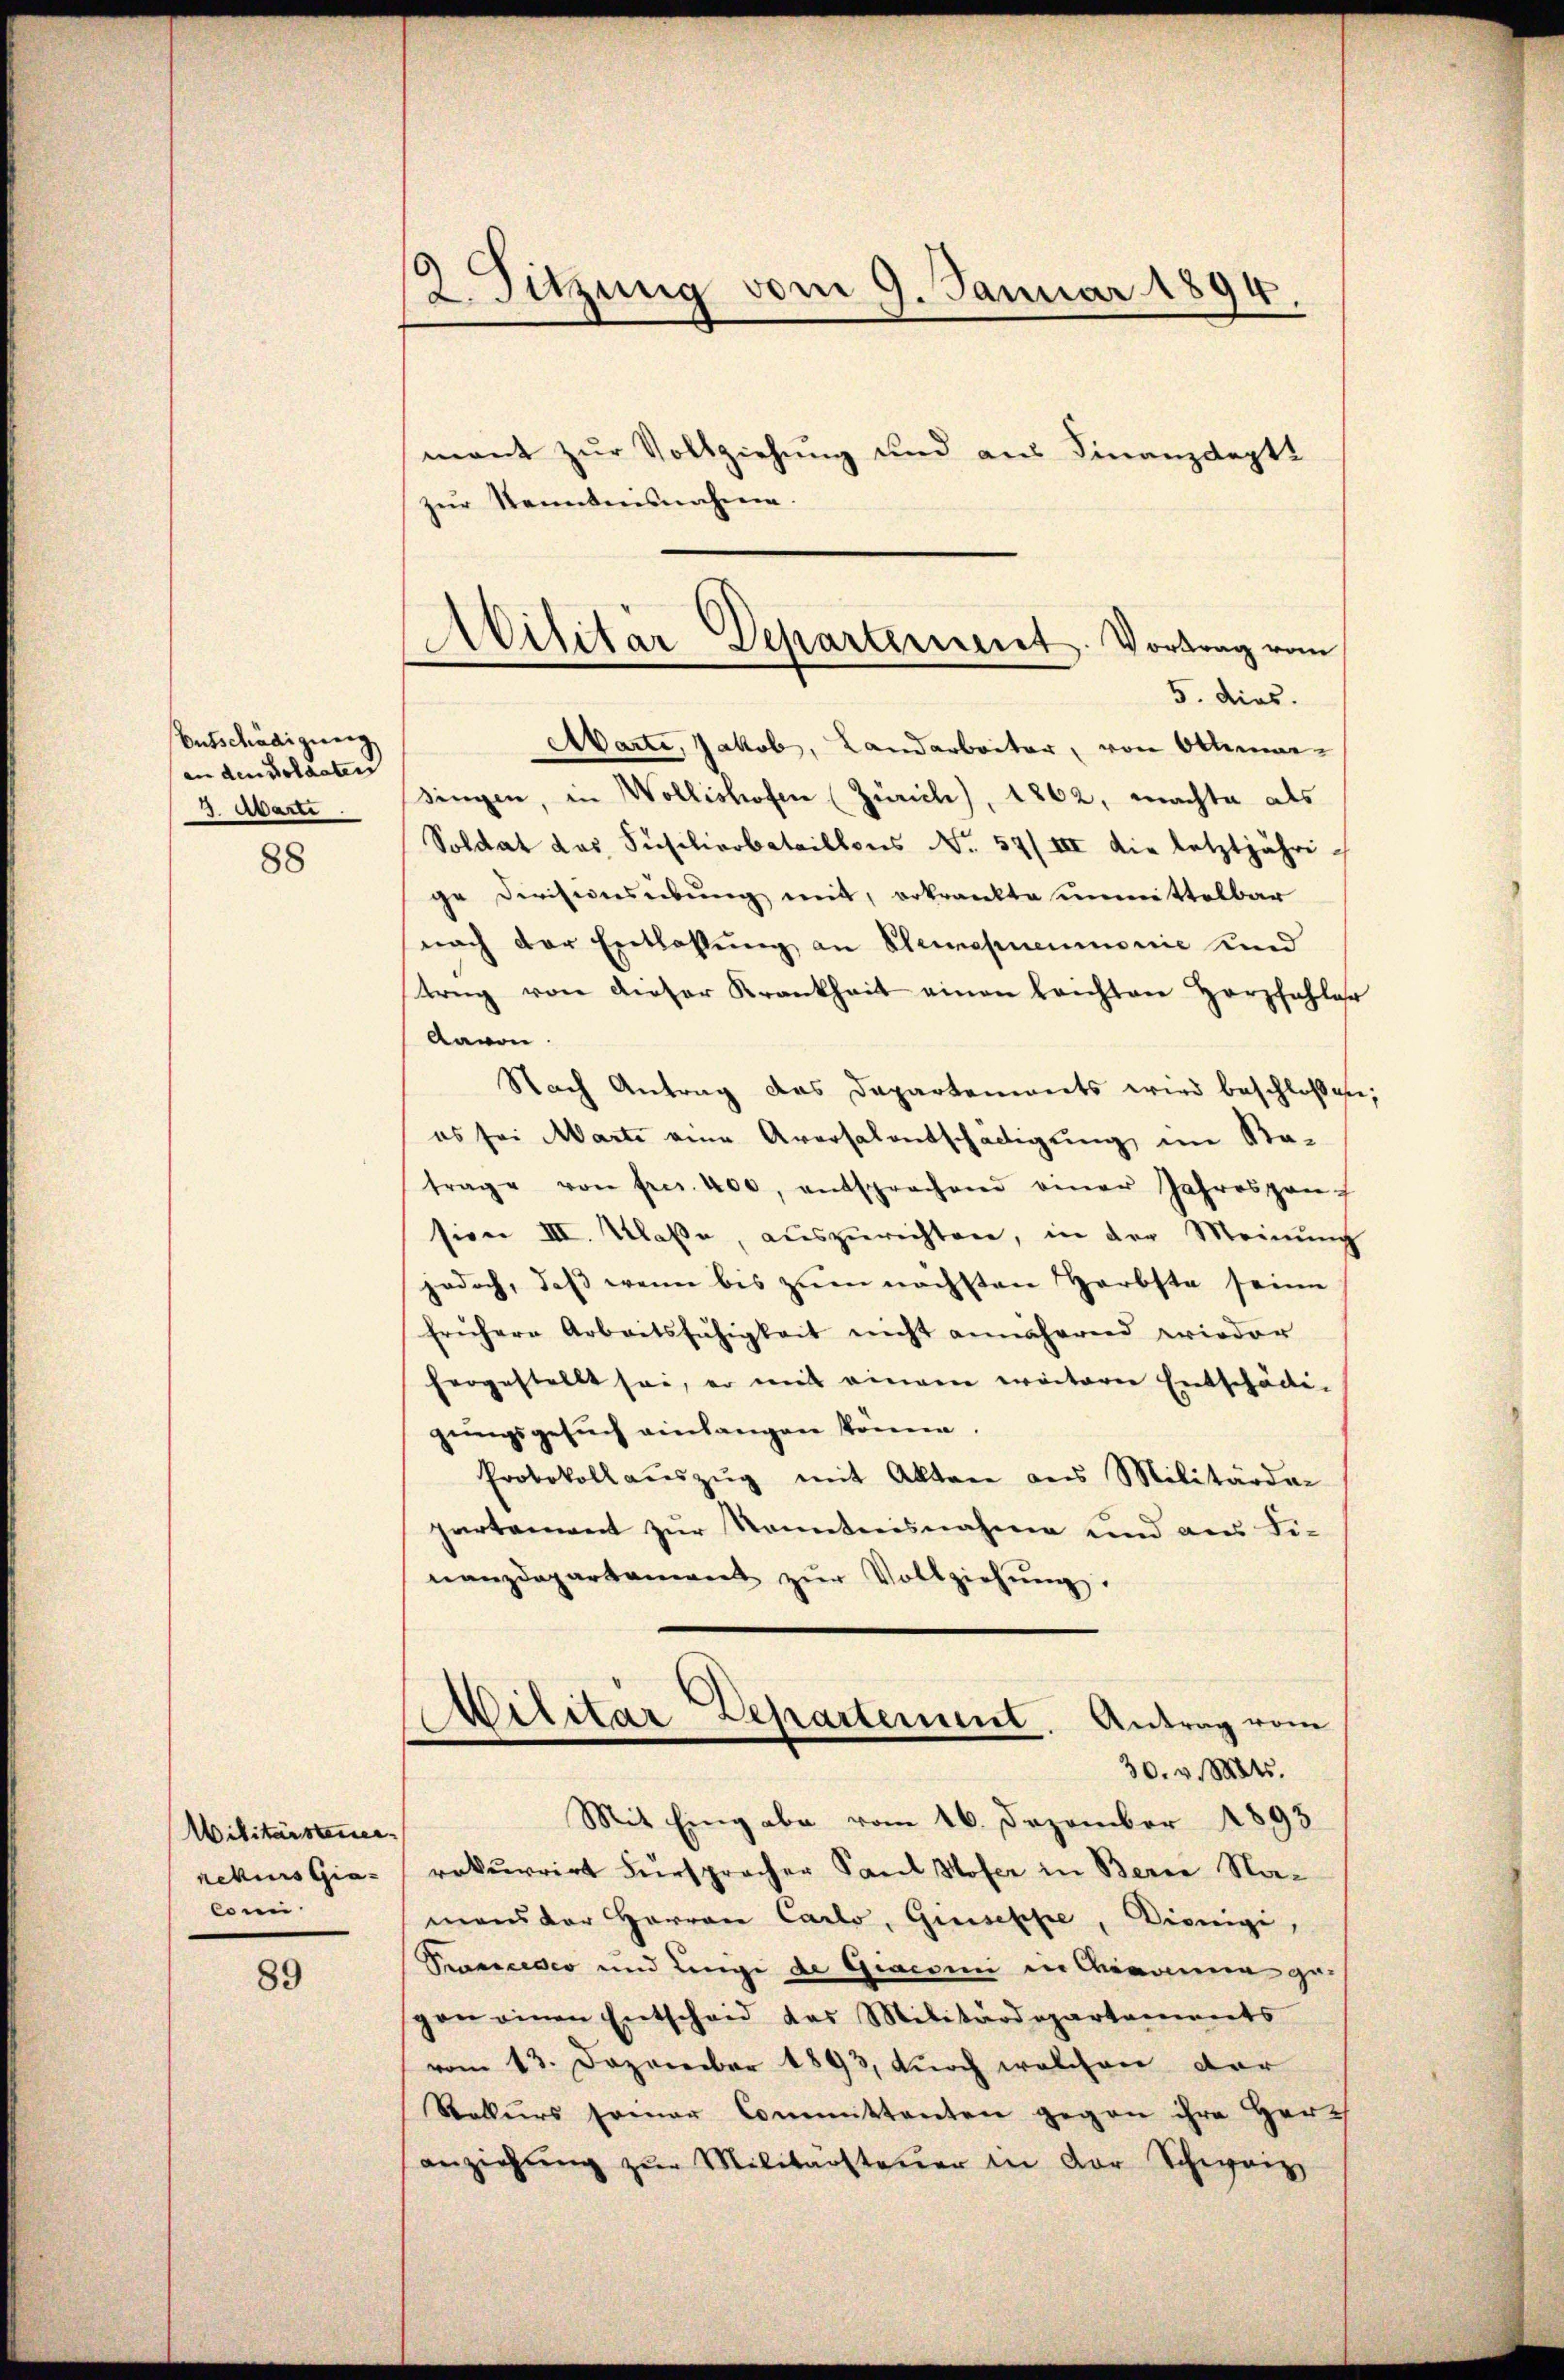
Ausschädigung.
an den Soldaten
3. Marti
88

Militärsteuer
rekurs Gia-
Conn

89

2 Sitzung vom 9. Januar 1894.

mant zur Vollziehung und aus Finanzdept
zŭr Sonntensnahme.
singen, in Wollishofen (Zürich), 1862, machte als
Soldat das Füsilierbataillons No. 57/III die letztjähri-
ge Divisionsebung mit, erkrankte unmittelbar
nach der Entlassung an Steinapneumonie und
trug von dieser Krankheit einen leichten Herzfahler
Aavon.
Nach Antrag das Departements wird beschlossen,
es sei Marte eine Aversalentschädigung im Sta-
trage von frei. 400, entsprechend einer Jahresponsion III. Klaße, auszurichten, in der Meinung
jedoch, daß wenn bis zum nächsten Herbste seine
frühere Arbeitsfähigkeit nicht annäherend wieder
hergestellt sei, er mit einem ereiterer Entschädigungsgesuch einlangen könne.
Protokoll aŭszŭg mit Akten aus Militärder
partement zŭr Sonntnisnahme und aus Fi-
nanzdepartament zŭr Vollziehŭng.
Militar Departement. Antrag vom
30. v. Mts.
Mit Eingabe vom 16. Dezember 1893.
rekurrirt Fürspracher Paul Hofer in Berne Namans der Herrn Carlo, Giuseppe, Dienigi,
Prescisco und Linge de Giaconi in Corona gegan einen Entscheid das Militärdepartaments
vom 13. Dezember 1893, durch welchen der
Rekurs seiner Committanten gegen ihre Herr
anziehŭng zŭr Militarsteŭer in der Schweiz

Militär Departement. Vortrag vom
5. dies.
Aarte, Jakob, Landarbeiter, von Ottima¬